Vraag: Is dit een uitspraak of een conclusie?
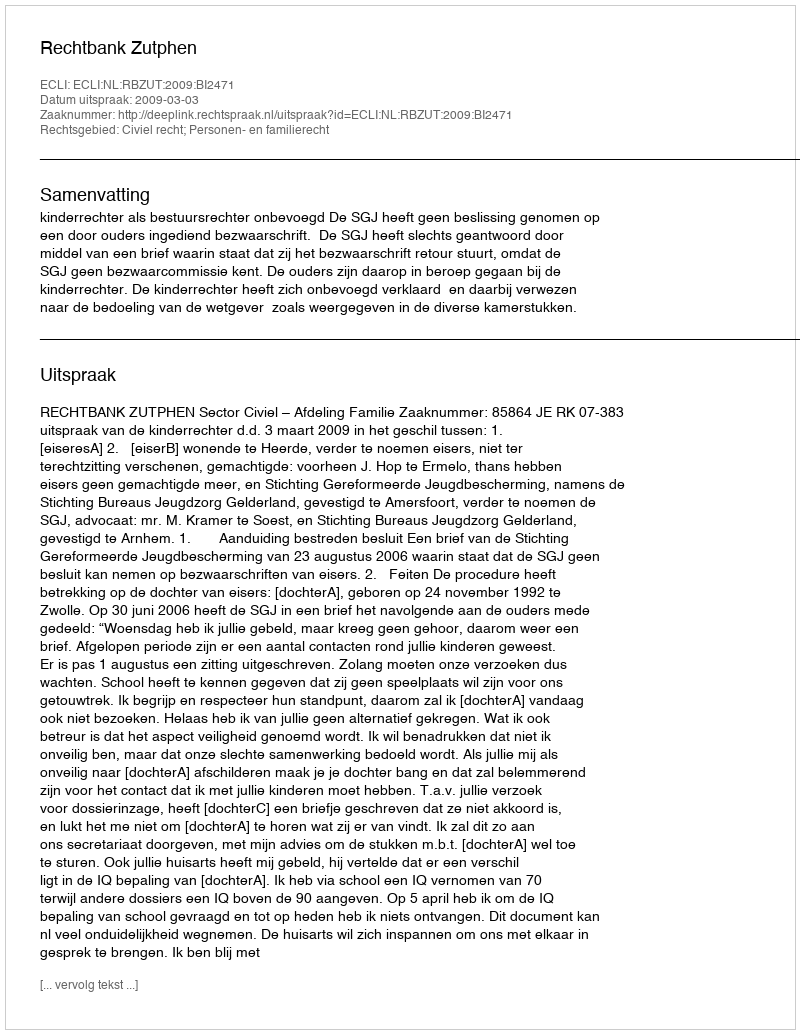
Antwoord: Uitspraak